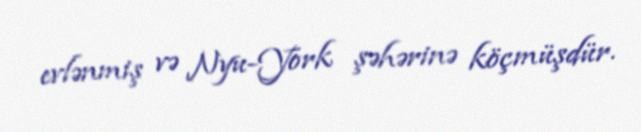
evlənmiş və Nyu-York şəhərinə köçmüşdür.